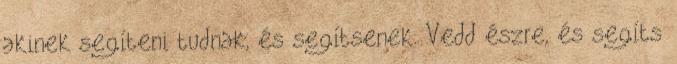
akinek segíteni tudnak, és segítsenek. Vedd észre, és segíts